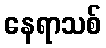
နေရာသစ်